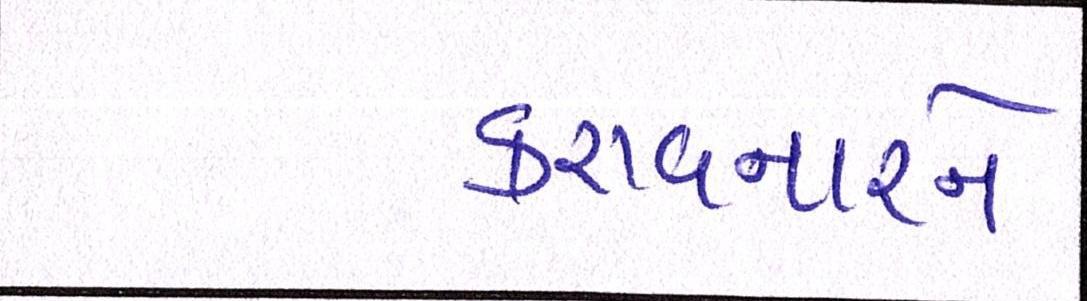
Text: કરાવનારને